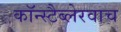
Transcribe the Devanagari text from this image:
कॉन्स्टैब्लेरवाच